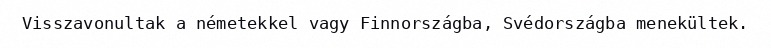
Visszavonultak a németekkel vagy Finnországba, Svédországba menekültek.